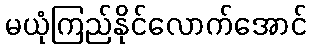
မယုံကြည်နိုင်လောက်အောင်